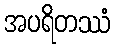
အပရိတဿံ